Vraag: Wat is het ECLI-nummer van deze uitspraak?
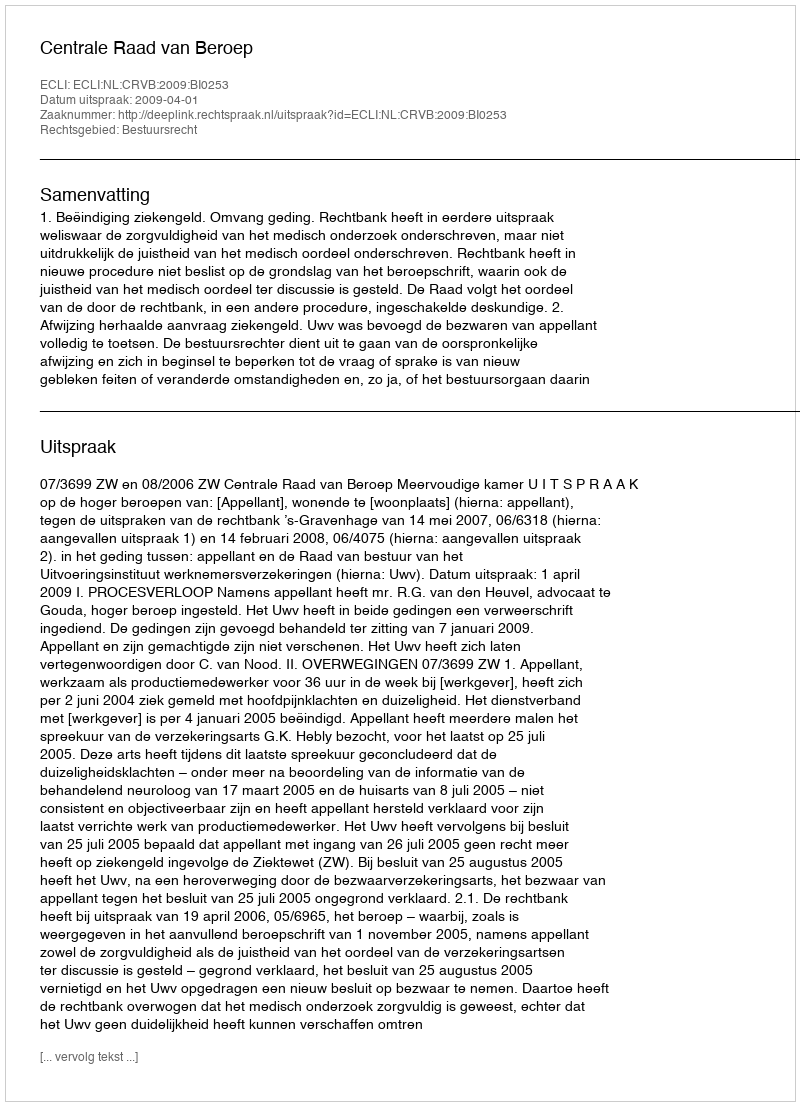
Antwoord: ECLI:NL:CRVB:2009:BI0253